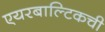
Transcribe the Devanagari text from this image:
एयरबाल्टिकची